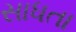
સાધતા